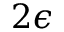
2 \epsilon